Lunatic asylums in Bengal annual reports 1912-1924 - 1912-1924
Year: 1912
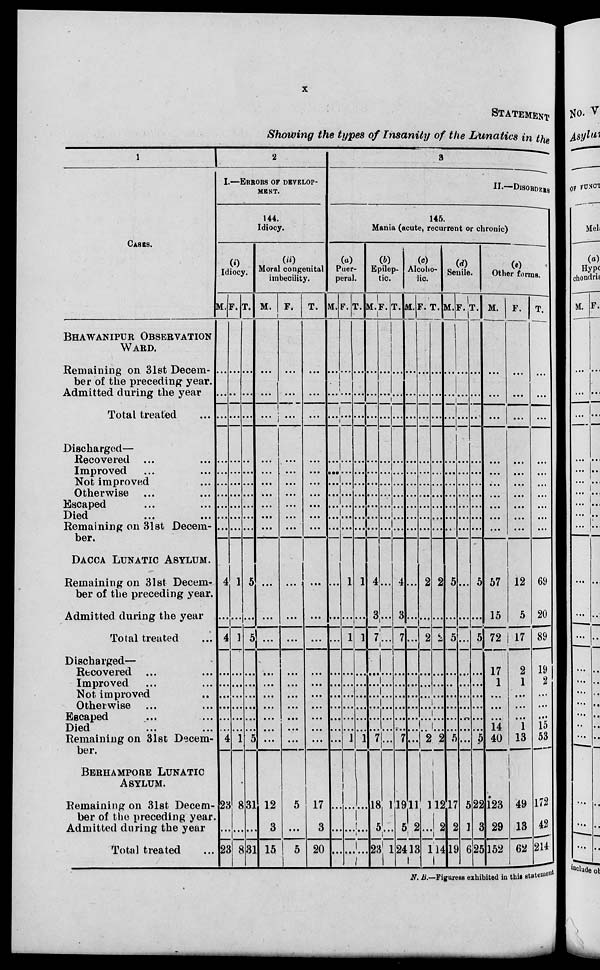
x
STATEMENT
Showing the types of Insanity of the Lunatics in the
1
CASES.
BHAWANIPUR OBSERVATION
WARD.
Remaining on 31st Decem-
ber of the preceding year.
Admitted during the year
Total treated ...
Discharged—
Recovered ... ...
Improved
...
...
Not improved ...
Otherwise ... ...
Escaped ... ...
Died ... ...
Remaining on 31st Decem-
ber.
DACCA LUNATIC ASYLUM.
Remaining on 31st Decem-
ber of the preceding year.
Admitted during the year
Total treated ...
Discharged—
Recovered ... ...
Improved ... ...
Not improved
...
Otherwise ... ...
Escaped ... ...
Died ... ...
Remaining on 31st Decem-
ber.
BERHAMPORE LUNATIC
ASYLUM.
Remaining on 31st Decem-
ber of the preceding year.
Admitted during the year
Total treated ...
2
I.—ERRORS OF DEVELOP-
MENT.
144.
Idiocy.
(i)
Idiocy.
M.
...
...
...
...
...
...
...
...
...
...
4
...
4
...
...
...
...
...
...
4
23
...
23
F.
...
...
...
...
...
...
...
...
...
...
1
...
1
...
...
...
...
...
...
1
8
...
8
T.
...
...
...
...
...
...
...
...
...
...
5
...
5
...
...
...
...
...
...
5
31
...
31
(ii)
Moral congenital
imbecility.
M.
...
...
...
...
...
...
...
...
...
...
...
...
...
...
...
...
...
...
...
...
12
3
15
F.
...
...
...
...
...
...
...
...
...
...
...
...
...
...
...
...
...
...
...
...
5
...
5
T.
...
...
...
...
...
...
...
...
...
...
...
...
...
...
...
...
...
...
...
...
17
3
20
3
II.—DISORDERS
145.
Mania (acute, recurrent or chronic)
(a)
Puer-
peral.
M.
...
...
...
...
...
...
...
...
...
...
...
...
...
...
...
...
...
...
...
...
...
...
...
F.
...
...
...
...
...
...
...
...
...
...
1
...
1
...
...
...
...
...
...
1
...
...
...
T.
...
...
...
...
...
...
...
...
...
...
1
...
1
...
...
...
...
...
...
1
...
...
...
(b)
Epilep-
tic. M.
...
...
...
...
...
...
...
...
...
...
4
3
7
...
...
...
...
...
...
7
18
5
23
F.
...
...
...
...
...
...
...
...
...
...
...
...
...
...
...
...
...
...
...
...
1
...
1
T.
...
...
...
...
...
...
...
...
...
...
4
3
7
...
...
...
...
...
...
7
19
5
24
(c)
Alcoho-
lic.
M.
...
...
...
...
...
...
...
...
...
...
...
...
...
...
...
...
...
...
...
...
11
2
13
F.
...
...
...
...
...
...
...
...
...
...
2
...
2
...
...
...
...
...
...
2
1
...
1
T.
...
...
...
...
...
...
...
...
...
...
2
...
3
...
...
...
...
...
...
2
12
2
14
(d)
Senile.
M.
...
...
...
...
...
...
...
...
...
...
5
...
5
...
...
...
...
...
...
5
17
2
19
F.
...
...
...
...
...
...
...
...
...
...
...
...
...
...
...
...
...
...
...
...
5
1
6
T.
...
...
...
...
...
...
...
...
...
...
5
...
5
...
...
...
...
...
...
5
22
3
25
(e)
Other forms.
M.
...
...
...
...
...
...
...
...
...
...
57
15
72
17
1
...
...
...
14
40
123
29
152
F.
...
...
...
...
...
...
...
...
...
...
12
5
17
2
1
...
...
...
1
13
49
13
62
T.
...
...
...
...
...
...
...
...
...
...
69
20
89
19
2
...
...
...
15
53
172
42
214
N. B.—Figures exhibited in this statement